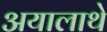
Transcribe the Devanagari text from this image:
अयालाथे